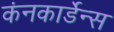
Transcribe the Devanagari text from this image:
कंनकार्डेन्स